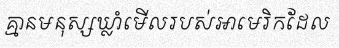
គ្មានមនុស្សឃ្លាំមើលរបស់អាមេរិកដែល